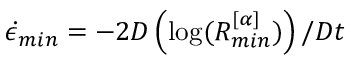
\dot { \epsilon } _ { m i n } = - 2 D \left( \log ( R _ { m i n } ^ { [ \alpha ] } ) \right) / D t